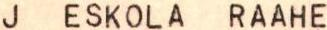
J ESKOLA RAAHE